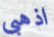
اذهبى